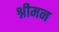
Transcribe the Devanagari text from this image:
श्नीमन